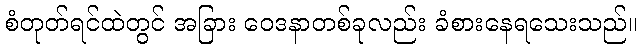
စံတုတ်ရင်ထဲတွင် အခြား ဝေဒနာတစ်ခုလည်း ခံစားနေရသေးသည်။